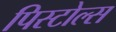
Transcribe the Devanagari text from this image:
पिस्टोल्स